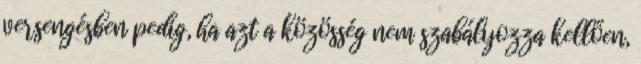
versengésben pedig, ha azt a közösség nem szabályozza kellően,